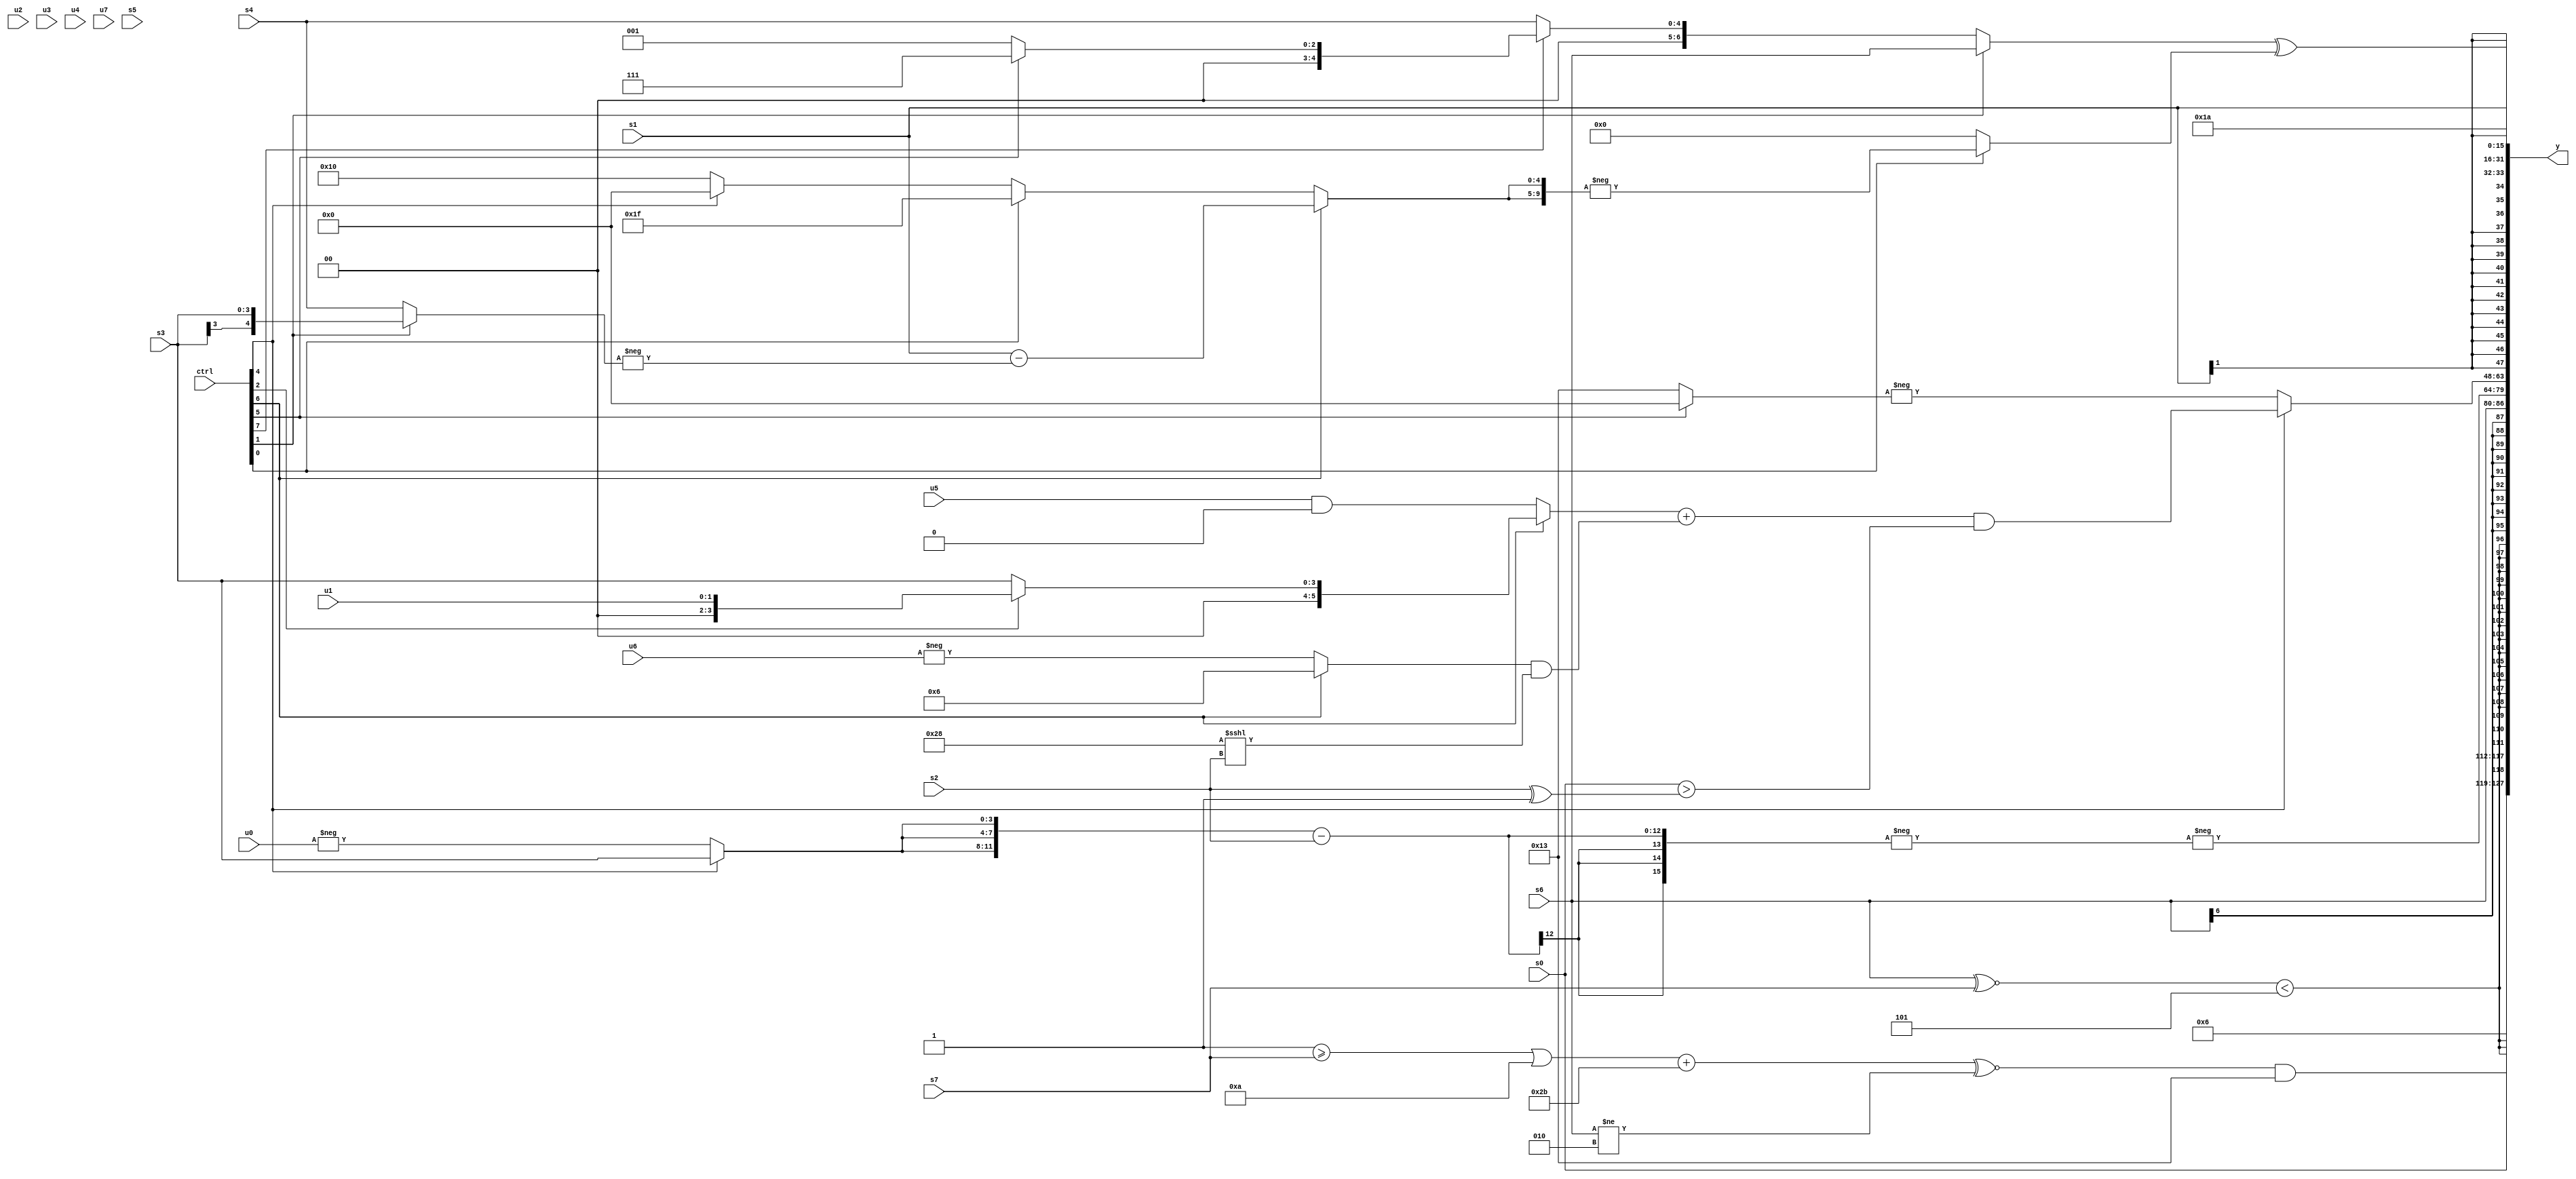
module wideexpr_00915(ctrl, u0, u1, u2, u3, u4, u5, u6, u7, s0, s1, s2, s3, s4, s5, s6, s7, y);
  input [7:0] ctrl;
  input [0:0] u0;
  input [1:0] u1;
  input [2:0] u2;
  input [3:0] u3;
  input [4:0] u4;
  input [5:0] u5;
  input [6:0] u6;
  input [7:0] u7;
  input signed [0:0] s0;
  input signed [1:0] s1;
  input signed [2:0] s2;
  input signed [3:0] s3;
  input signed [4:0] s4;
  input signed [5:0] s5;
  input signed [6:0] s6;
  input signed [7:0] s7;
  output [127:0] y;
  wire [15:0] y0;
  wire [15:0] y1;
  wire [15:0] y2;
  wire [15:0] y3;
  wire [15:0] y4;
  wire [15:0] y5;
  wire [15:0] y6;
  wire [15:0] y7;
  assign y = {y0,y1,y2,y3,y4,y5,y6,y7};
  assign y0 = {5'sb00000,4'sb0110,s0,((($unsigned((($unsigned(1'b1))>=({s7}))|($unsigned($signed(4'b1010)))))+({1{6'sb101011}}))^~((s6)!=(-($signed($signed(3'sb110))))))&($signed(5'sb10011))};
  assign y1 = +($signed(((s6)^~(s7))<((+(3'sb101))>>(2'sb00))));
  assign y2 = s6;
  assign y3 = -(-(({3{(ctrl[4]?$signed(s3):-(u0))}})-(s2)));
  assign y4 = (ctrl[4]?(($signed((ctrl[6]?(ctrl[2]?u1:s3):(u5)&(2'sb00))))+(((ctrl[6]?$signed(3'b110):-(u6)))&((6'sb101000)<<<((ctrl[0]?s2:s2)))))&($signed(^((s0)>((s2)^(4'sb1111))))):-((ctrl[5]?$signed(2'sb00):5'sb10011)));
  assign y5 = s1;
  assign y6 = ((ctrl[1]?s6:(ctrl[7]?(ctrl[5]?3'sb111:$signed(~((-(1'sb1))==(4'sb1100)))):s4)))^((ctrl[0]?-({2{(ctrl[6]?($signed($signed(s1)))-(-((ctrl[1]?s3:s4))):(ctrl[0]?(2'sb00)^~($signed(1'sb0)):(ctrl[4]?(1'sb0)<<<(4'sb1110):$signed(5'b10000))))}}):1'sb0));
  assign y7 = $signed(6'sb011010);
endmodule